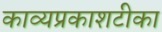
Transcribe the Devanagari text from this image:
काव्यप्रकाशटीका